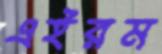
এইরম